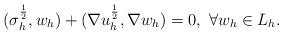
LaTeX: \begin{align*}(\sigma_h^{\frac12},w_h)+(\nabla u_h^{\frac12},\nabla w_h)=0,~\forall w_h\in L_h.\end{align*}